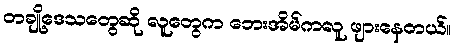
တချို့ဒေသတွေဆို လူတွေက ဘေးအိမ်ကလူ ဖျားနေတယ်။